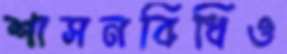
শাসনবিধিও